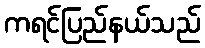
ကရင်ပြည်နယ်သည်